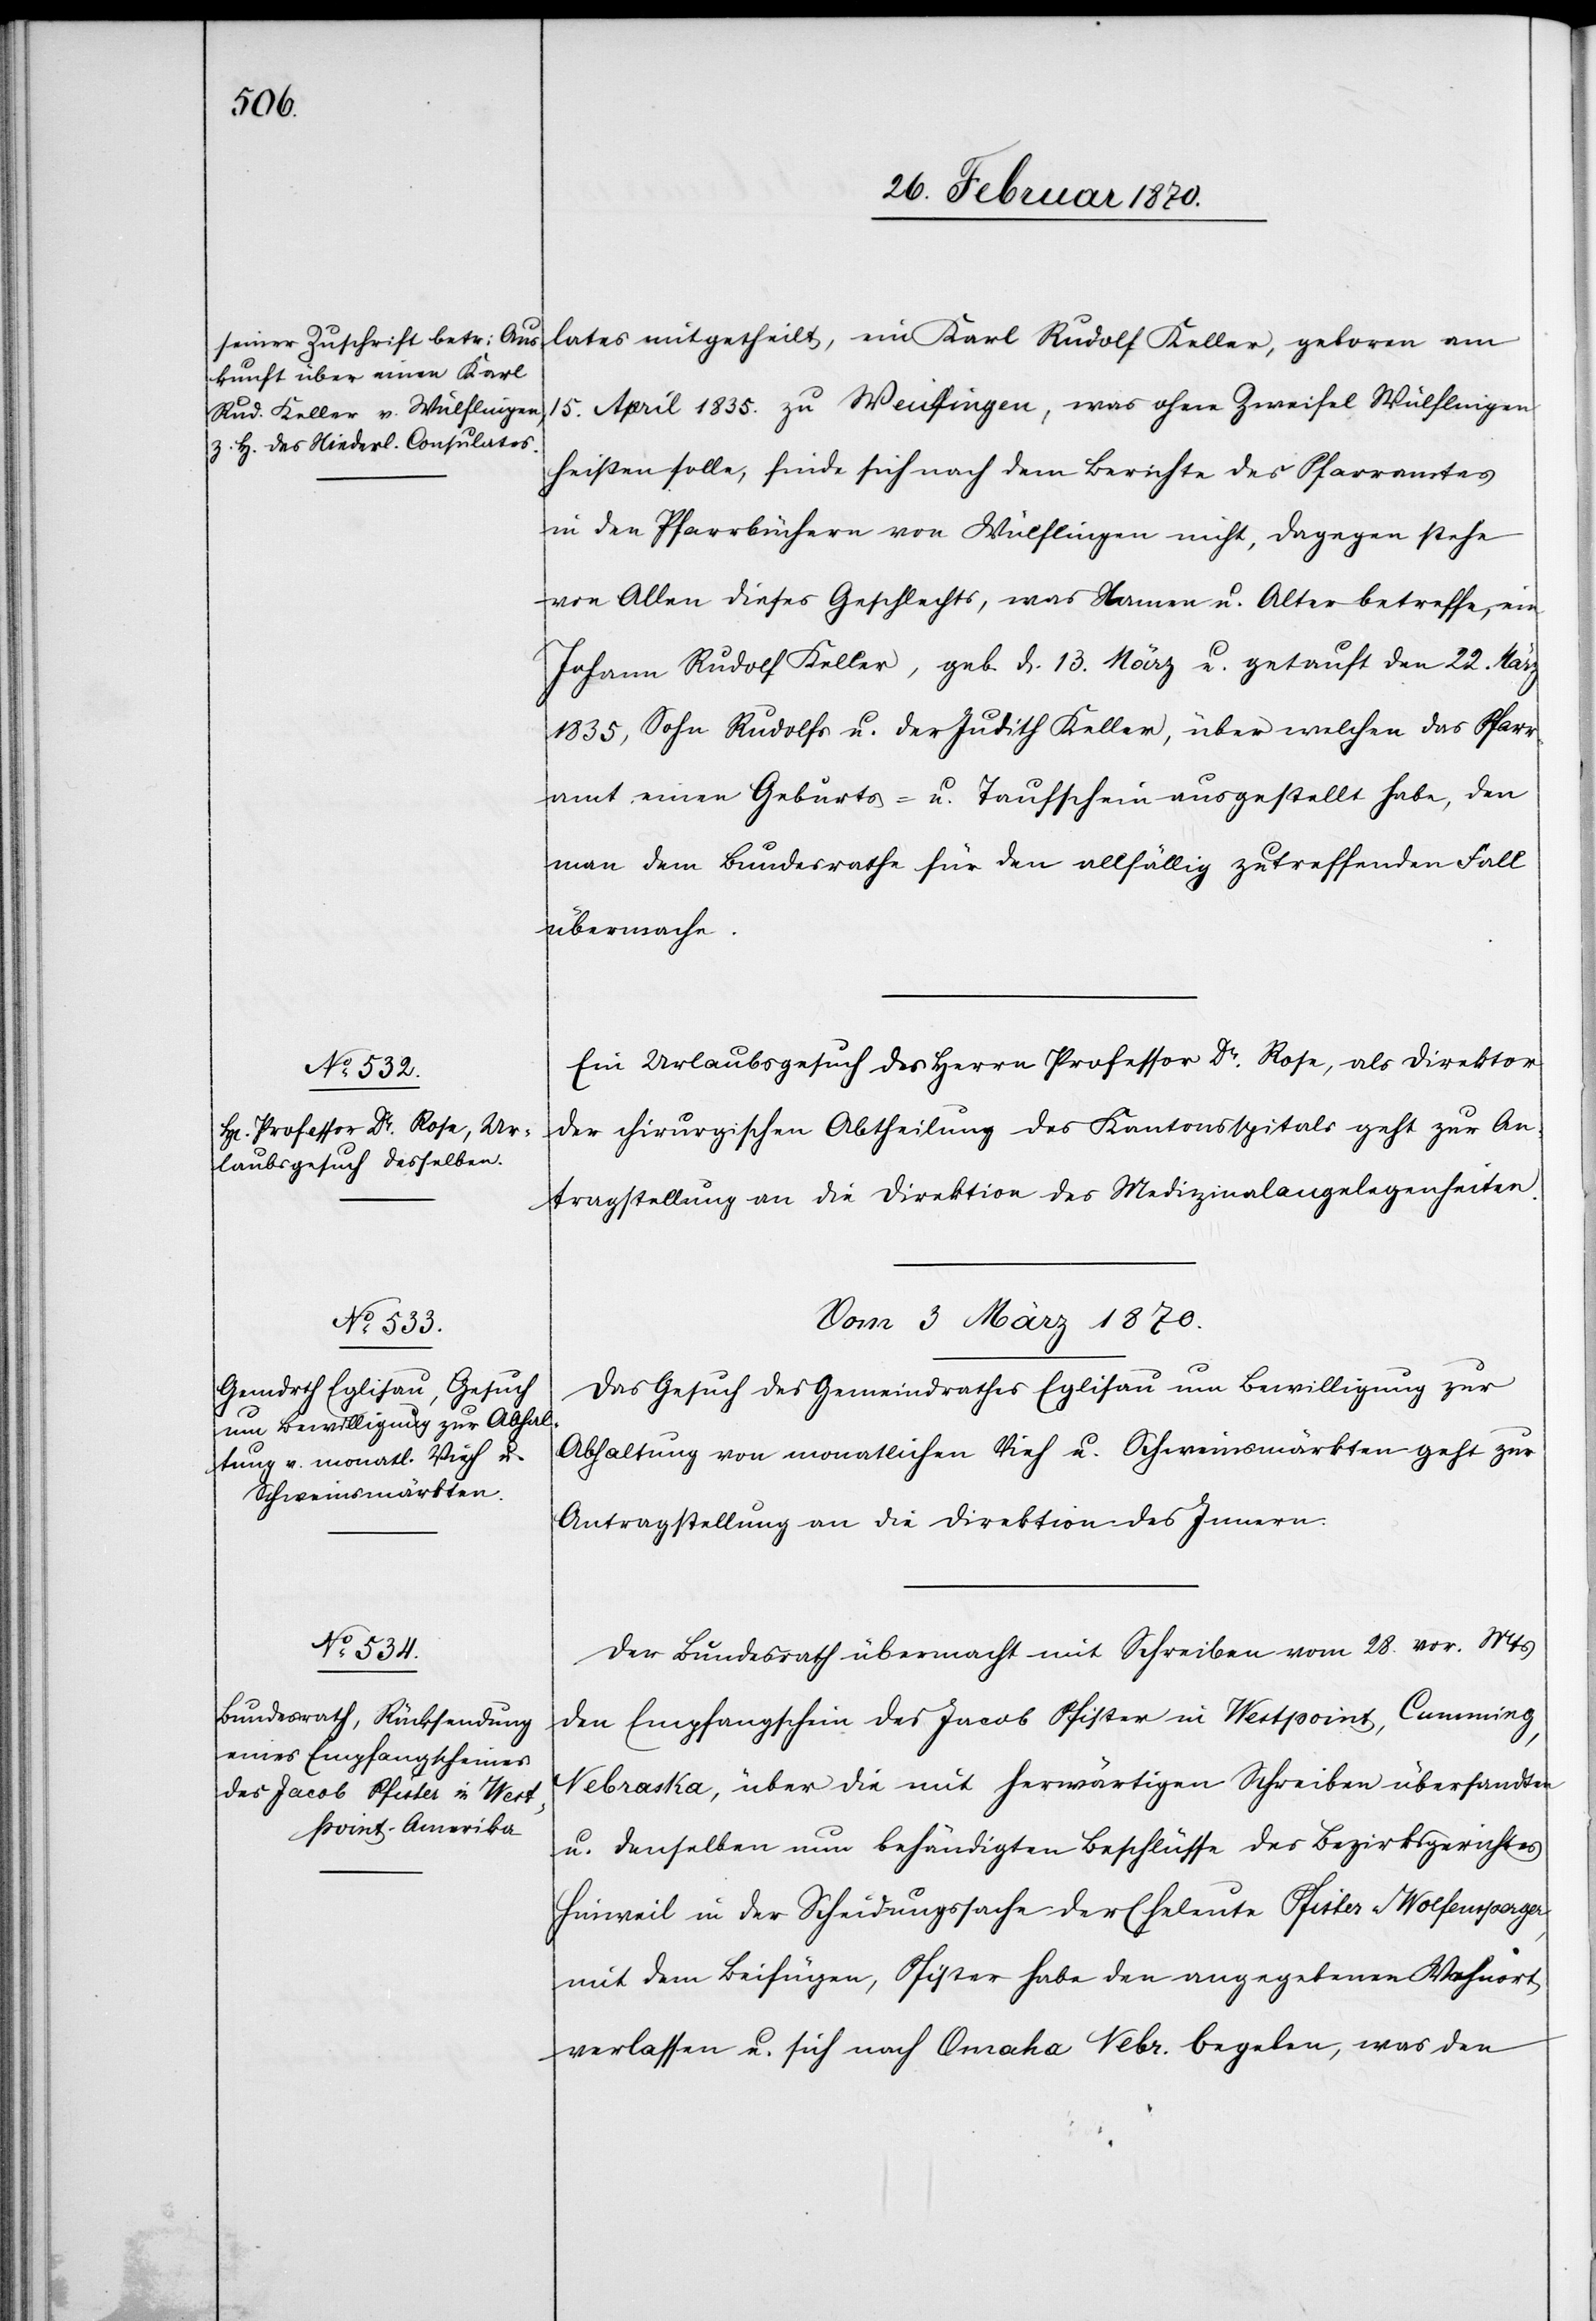
lates mitgetheilt, ein Karl Rudolf Keller, geboren am
April 1835. zu Weulfingen, was ohne Zweifel Wülflingen
15.
heißen solle, finde sich nach dem Berichte des Pfarramtes
in den Pfarrbüchern von Wülflingen nicht, dagegen stehe
von Allen dieses Geschlechts, was Namen u. Alter betreffe, ein
Johann Rudolf Keller, geb. 13. März u. getauft den 22. März
1835, Sohn Rudolfs u. der Judith Keller, über welchen das Pfarr¬
amt einen Geburts- u. Taufschein ausgestellt habe, den
man dem Bundesrathe für den allfällig zutreffenden Fall
übermache.
Ein Urlaubsgesuch des Herrn Professor Dr. Rose, als Direktor
der chirurgischen Abtheilung des Kantonsspitals geht zur An¬
tragstellung an die Direktion der Medizinalangelegenheiten.
Vom 3 März 1870.]
Das Gesuch des Gemeindrathes Eglisau um Bewilligung zur
Abhaltung von monatlichen Vieh u. Schweinsmärkten geht zur
Antragstellung an die Direktion des Innern.
Der Bundesrath übermacht mit Schreiben vom 28. vor. Mts
den Empfangschein des Jacob Pfister in Westpoint, Cumming,
Nebraska, über die mit herwärtigen Schreiben übersandten
u. denselben nun behändigten Beschlüsse des Bezirksgerichtes
Hinweil in der Scheidungssache der Eheleute Pfister-Wolfensperger
mit dem Beifügen, Pfister habe den angegebenen Wohnort
verlassen u. sich nach Omaha Nebr. begeben, was den